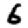
Digit: 6